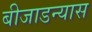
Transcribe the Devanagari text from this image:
बीजाडन्यास